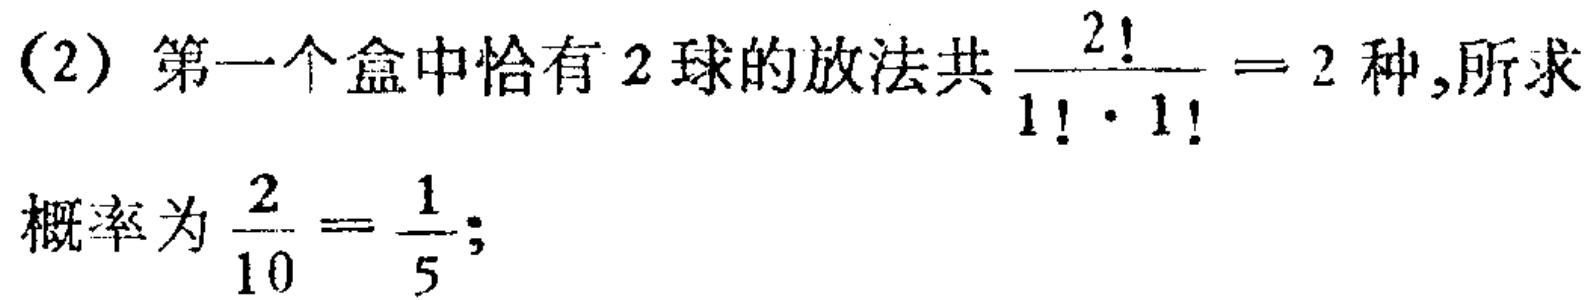
(2) 第一个盒中恰有 2 球的放法共$\frac{2!}{1!\cdot1!}=2$种,所求

概率为$\frac{2}{10}=\frac{1}{5}$;